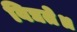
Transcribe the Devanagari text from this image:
विद्यते॥